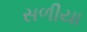
સળીયા